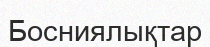
Босниялықтар